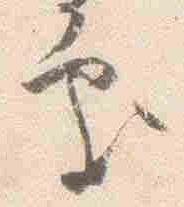
処